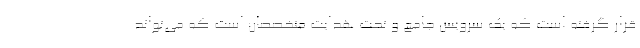
قرار گرفته است که یک سرویس جامع و تحت هدایت متخصصان است که می‌تواند